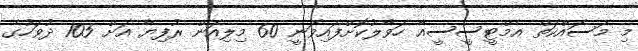
މި މަސައްކަތް އެމްޓީސީސީއާ ހަވާލުކޮށްފައިވަނީ 60 މިލިއަން ރުފިޔާ އަށް 105 ދުވަހުގެ